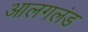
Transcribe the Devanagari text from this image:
आलगलंड